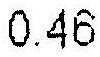
0.46